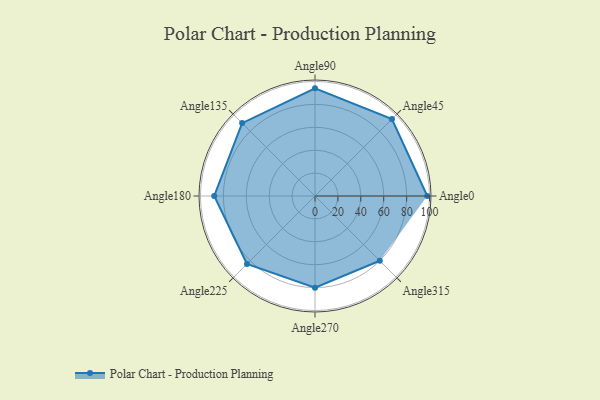
{"axis": {"x": "Angle", "y": "Radius"}, "legend": [""], "data": [{"x": "Angle0", "y": 98.0, "type": ""}, {"x": "Angle45", "y": 95.0, "type": ""}, {"x": "Angle90", "y": 94.0, "type": ""}, {"x": "Angle135", "y": 90.0, "type": ""}, {"x": "Angle180", "y": 88.0, "type": ""}, {"x": "Angle225", "y": 84.0, "type": ""}, {"x": "Angle270", "y": 80.0, "type": ""}, {"x": "Angle315", "y": 80.0, "type": ""}]}